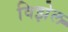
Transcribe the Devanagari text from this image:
विझेल